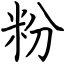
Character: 粉